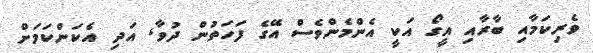
ވެރިކަމާއި ބާރާއި އީގޯ އަކީ އެންމެންވެސް އޭގެ ފަހަތުން ދުވާ